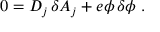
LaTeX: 0 = D _ { j } \, \delta A _ { j } + e \phi \, \delta \phi \, \, .